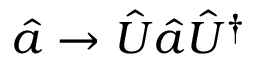
\hat { a } \rightarrow \hat { U } \hat { a } \hat { U } ^ { \dag }